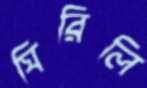
ঘিরিলি